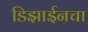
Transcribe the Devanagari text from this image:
डिझाईनचा